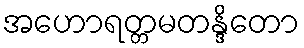
အဟောရတ္တမတန္ဒိတော